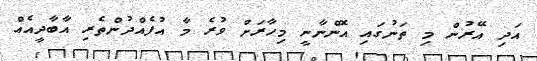
އަދި އޭރުން މި ތަނުގައި އޮންނާނީ މިހާރަށް ވުރެ މާ އުފެއްދުންތެރި އާބާދީއެއް